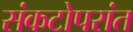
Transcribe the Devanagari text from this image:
संकटोपरांत